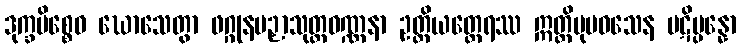
ဒုက္ခမိစ္စေဝ ဃောသေတွာ ဖဂ္ဂုနပဉှာသုတ္တဝဏ္ဏနာ ဥတ္တိယတ္ထေရဿ ဣတ္ထိပုမဝသေန ပဋိပ္ပန္နော